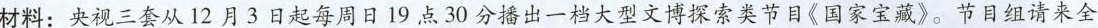
材料：央视三套从12月3日起每周日19点30分播出一档大型文博探索类节目《国家宝藏》。节目组请来全